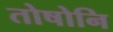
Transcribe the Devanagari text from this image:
तोषोनि